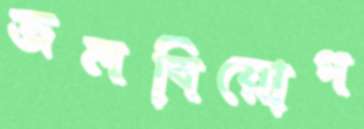
জলবিয়োগ